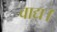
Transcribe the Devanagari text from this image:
वाद्य।